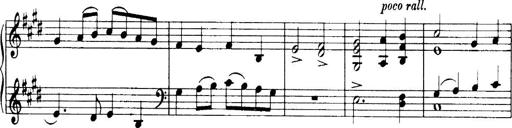
Title: 3 Sonatinas, Op.67
Composer: Jean Sibelius